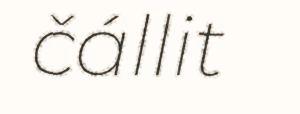
čállit